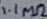
Text: 1.1MΩ